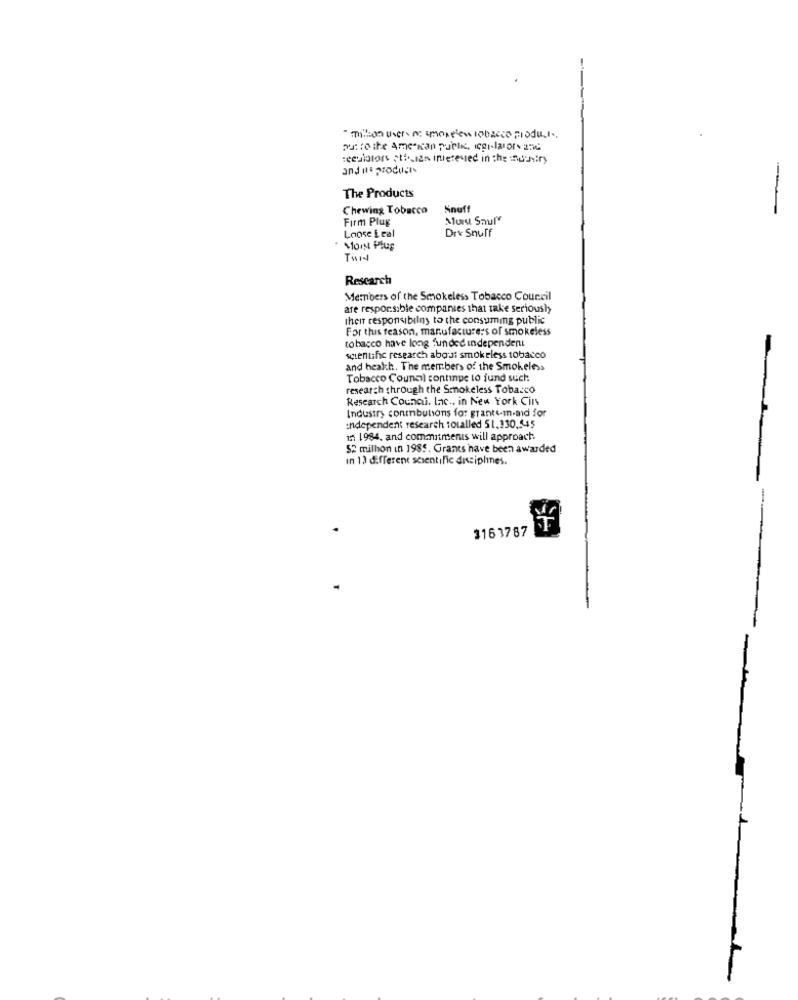
"Thison users ac monetew Isbacco produI ..
muitothe Ame kan public, icgi-lator- and
seeulators ptf ., an inieteved in the indeniry
and its products
The Products
Chewing Tobacco
Knuff
---
Firm Plug
Dr& Snuff
Loose Leal
MOIN Plus
TWIN
Rescarch
Members of the Smokeless Tobacco Council
are responsible companies that take serioushy
their responsibilny to the consuming public
For this reason, manufacture:s of smokeless
tobacco have long funded independent
-
scientific research about smokeless tobacco
and health. The members of the Smokeless
Tobacco Council continue to fund such
research through the Smokeless Tobacco
Research Council. Inc ., in New York Cins
Industry conmbutions for grante-m.aid for
independent research totalled 51,330,5-45
12: 1984, and commitments will approach.
52 milhon in 1985. Grants have been awarded
In 12 different scientific disciplines.
3163787
1